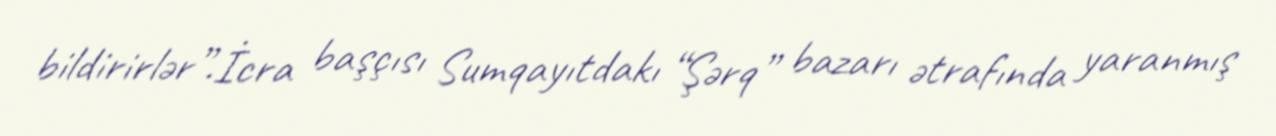
bildirirlər”.İcra başçısı Sumqayıtdakı “Şərq” bazarı ətrafında yaranmış